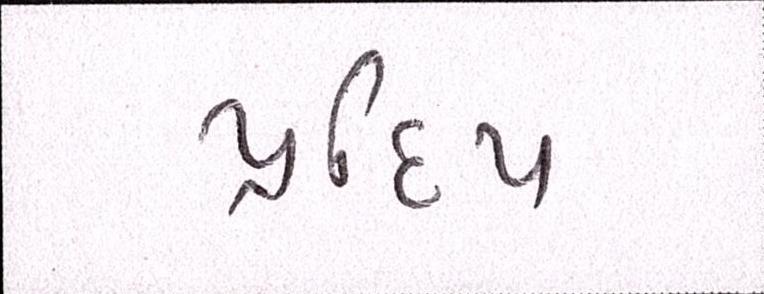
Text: પ્રદીપ